画像に写った文字を読んでください
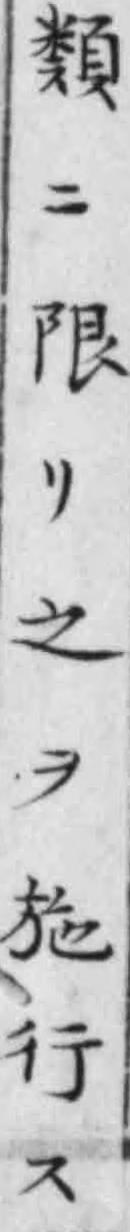
「類ニ限リ之ヲ施行ス」と書いてあります